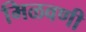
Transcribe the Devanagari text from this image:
मिळवणी